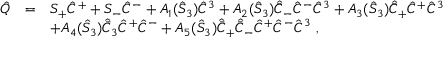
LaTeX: \begin{array} { r c l } { { \hat { Q } } } & { { = } } & { { S _ { + } \hat { C } ^ { + } + S _ { - } \hat { C } ^ { - } + A _ { 1 } ( \hat { S } _ { 3 } ) \hat { C } ^ { 3 } + A _ { 2 } ( \hat { S } _ { 3 } ) \hat { \bar { C } } _ { - } \hat { C } ^ { - } \hat { C } ^ { 3 } + A _ { 3 } ( \hat { S } _ { 3 } ) \hat { \bar { C } } _ { + } \hat { C } ^ { + } \hat { C } ^ { 3 } } } \\ { { } } & { { } } & { { + A _ { 4 } ( \hat { S } _ { 3 } ) \hat { \bar { C } } _ { 3 } \hat { C } ^ { + } \hat { C } ^ { - } + A _ { 5 } ( \hat { S } _ { 3 } ) \hat { \bar { C } } _ { + } \hat { \bar { C } } _ { - } \hat { C } ^ { + } \hat { C } ^ { - } \hat { C } ^ { 3 } { } ~ , } } \end{array}